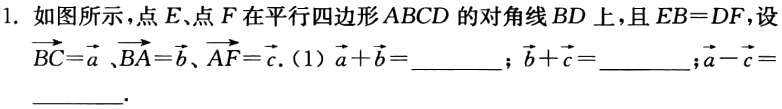
1. 如图所示，点\(E\)、点\(F\)在平行四边形\(ABCD\)的对角线\(BD\)上，且\(EB = DF\)，设\(\overrightarrow{BC}=\vec{a}\)、\(\overrightarrow{BA}=\vec{b}\)、\(\overrightarrow{AF}=\vec{c}\)。（1）\(\vec{a}+\vec{b}=\underline{\quad\quad}\)；\(\vec{b}+\vec{c}=\underline{\quad\quad}\)；\(\vec{a}-\vec{c}=\underline{\quad\quad}\)。